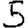
Digit: 5